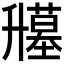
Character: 𰆁